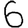
Digit: 6